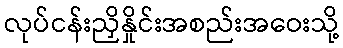
လုပ်ငန်းညှိနှိုင်းအစည်းအဝေးသို့